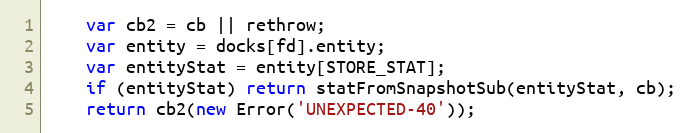
Language: JavaScript
    var cb2 = cb || rethrow;
    var entity = docks[fd].entity;
    var entityStat = entity[STORE_STAT];
    if (entityStat) return statFromSnapshotSub(entityStat, cb);
    return cb2(new Error('UNEXPECTED-40'));